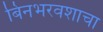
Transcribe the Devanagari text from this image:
बिनभरवशाचा